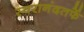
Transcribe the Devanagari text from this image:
स्वरानंदतर्फे